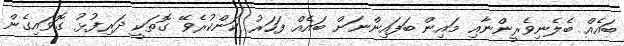
ބައެއް ބެލެނިވެރީންނާއި މައިން ބަފައިންނަށް ބައެއް ފަހަރު ކަންކުރެވޭ ގޮތަކީ ދަރިފުޅު ގޮވައިގެން